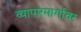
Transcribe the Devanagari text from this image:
व्यापारमार्गांवर